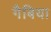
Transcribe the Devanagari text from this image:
गैबिया